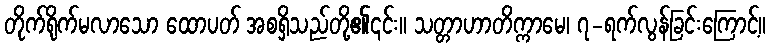
တိုက်ရိုက်မလာသော ထောပတ် အစရှိသည်တို့၏၎င်း။ သတ္တာဟာတိက္ကာမေ၊ ၇-ရက်လွန်ခြင်းကြောင့်။